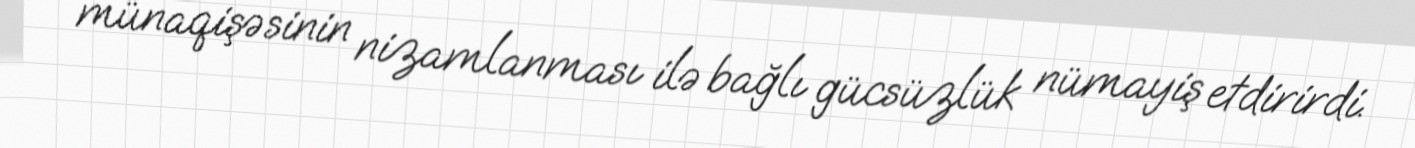
münaqişəsinin nizamlanması ilə bağlı gücsüzlük nümayiş etdirirdi.